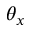
\theta _ { x }